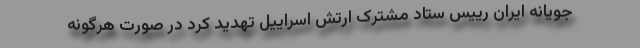
جویانه ایران رییس ستاد مشترک ارتش اسراییل تهدید کرد در صورت هرگونه